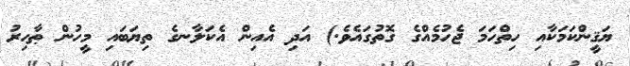
ޔަޤީންކަމަކާއި ހިތްހަމަ ޖެހުމެއްގެ ގޮތުގައެވެ.) އަދި އެއިން އެކަލާނގެ ތިޔަބައި މީހުން ޠާހިރު